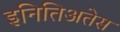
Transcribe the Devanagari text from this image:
इनितिअतेस